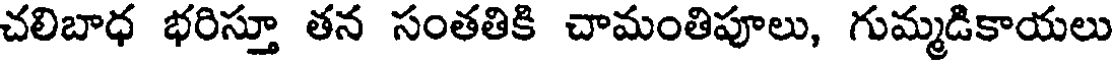
చలిబాధ భరిస్తూ తన సంతతికి చామంతిపూలు, గుమ్మడికాయలు